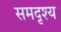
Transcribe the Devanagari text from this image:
समदृश्य